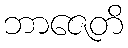
ဘာဇေတိ